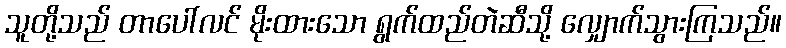
သူတို့သည် တာပေါ်လင် မိုးထားသော ရွက်ထည်တဲဆီသို့ လျှောက်သွားကြသည်။